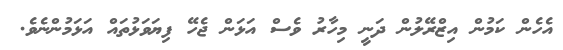
އެހެން ކަމުން އިޒްރޭލުން ދަނީ މިހާރު ވެސް އަޅަން ޖެހޭ ފިޔަވަޅުތައް އަޅަމުންނެވެ.